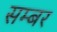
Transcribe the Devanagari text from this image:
सम्बर